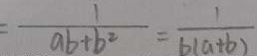
\frac { 1 } { a b + b ^ { 2 } } = \frac { 1 } { b ( a + b ) }